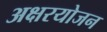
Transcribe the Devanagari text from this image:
अक्षरयोजन